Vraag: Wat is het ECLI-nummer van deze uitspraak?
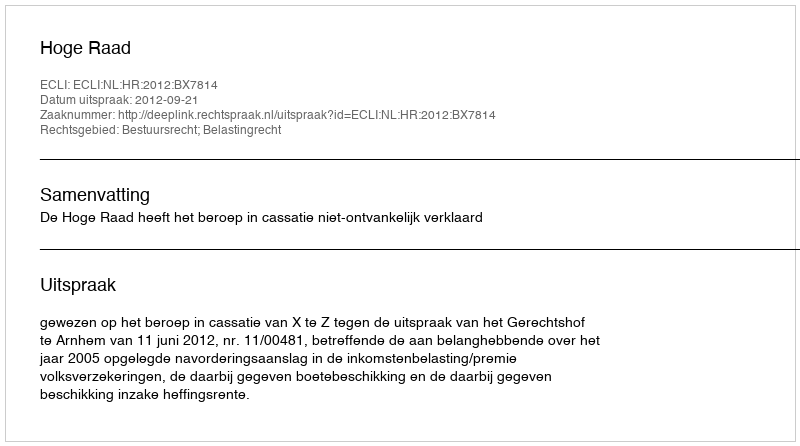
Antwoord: ECLI:NL:HR:2012:BX7814